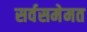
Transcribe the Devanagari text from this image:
सर्वसमेमत